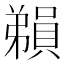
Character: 𪫃